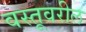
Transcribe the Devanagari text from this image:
वस्तूवरील